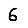
Digit: 6